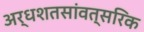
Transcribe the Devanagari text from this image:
अर्धशतसांवत्सरिक